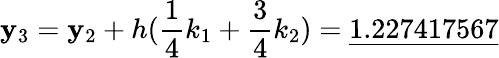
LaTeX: \mathbf{y}_{3}=\mathbf{y}_{2}+h({\frac{{1}}{{4}}}k_{1}+{\frac{{3}}{{4}}}k_{2})={\underline{{{1.227417567}}}}